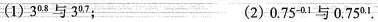
(1)3^{0.8}与3^{0.7}； (2)0.75^{-0.1}与0.75^{0.1}.